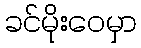
ခင်မိုးဝေမှာ